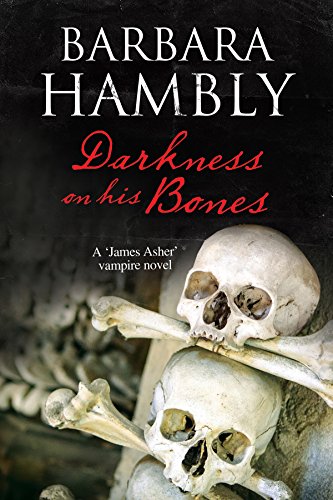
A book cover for Darkness on His Bones: A James Asher vampire mystery (A James Asher Vampire Novel); Barbara Hambly; Mystery, Thriller & Suspense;